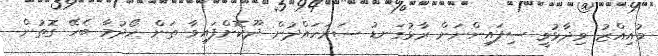
މުއިއްޒު ވިދާޅުވީ ސިފައިންނަށް ރާޅުގަނޑު ސަރަހައްދުން ދޫކޮށްފައިވާ ތަން ހޯދުމާ ބެހޭ ގޮތުން